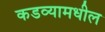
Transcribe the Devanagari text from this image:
कडव्यामधील